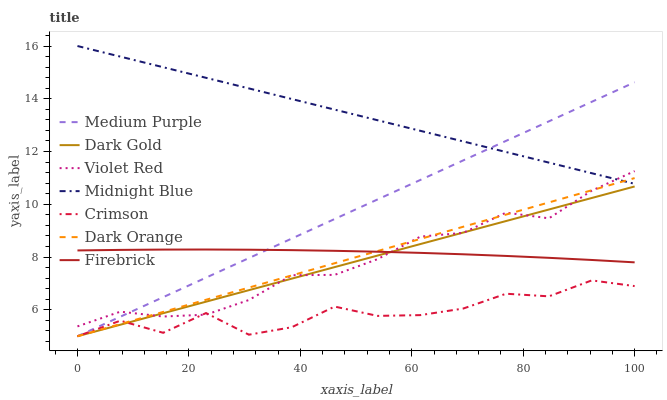
| xaxis_label | Medium Purple | Dark Gold | Violet Red | Midnight Blue | Crimson | Dark Orange | Firebrick |
 | --- | --- | --- | --- | --- | --- | --- | --- |
 | 0 | 5 | 5 | 5.37 | 16 | 5 | 5 | 8.25 |
 | 7.69 | 5.74 | 5.44 | 5.93 | 15.6 | 5.59 | 5.46 | 8.27 |
 | 15.4 | 6.48 | 5.87 | 5.75 | 15.2 | 5.13 | 5.92 | 8.28 |
 | 23.1 | 7.22 | 6.31 | 5.82 | 14.8 | 5.88 | 6.38 | 8.29 |
 | 30.8 | 7.96 | 6.75 | 6.37 | 14.4 | 5.06 | 6.84 | 8.28 |
 | 38.5 | 8.7 | 7.18 | 7.31 | 14 | 5.34 | 7.31 | 8.26 |
 | 46.2 | 9.44 | 7.62 | 7.33 | 13.6 | 6.13 | 7.77 | 8.24 |
 | 53.8 | 10.2 | 8.06 | 7.92 | 13.2 | 5.77 | 8.23 | 8.2 |
 | 61.5 | 10.9 | 8.49 | 8.78 | 12.8 | 5.8 | 8.69 | 8.16 |
 | 69.2 | 11.7 | 8.93 | 8.92 | 12.4 | 6.05 | 9.15 | 8.11 |
 | 76.9 | 12.4 | 9.37 | 9.69 | 12 | 6.61 | 9.61 | 8.04 |
 | 84.6 | 13.1 | 9.8 | 9.47 | 11.6 | 6.51 | 10.1 | 7.97 |
 | 92.3 | 13.9 | 10.2 | 10.5 | 11.2 | 7.12 | 10.5 | 7.89 |
 | 100 | 14.6 | 10.7 | 11.3 | 10.8 | 6.9 | 11 | 7.8 |